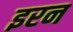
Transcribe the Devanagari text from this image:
इरन